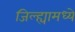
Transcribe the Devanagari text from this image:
जिल्‍ह्यामध्‍ये